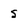
Character: s